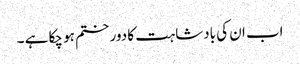
اب ان کی بادشاہت کا دور ختم ہو چکا ہے ۔